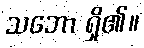
သဘော ရှိ၏။